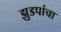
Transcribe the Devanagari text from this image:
झुडपांचा